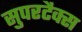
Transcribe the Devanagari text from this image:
सुपरटैक्स